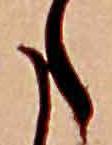
た